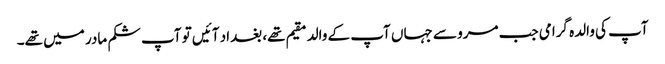
آپ کی والدہ گرامی جب مرو سے جہاں آپ کے والد مقیم تھے، بغداد آئیں تو آپ شکم مادر میں تھے۔